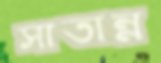
সাতান্ন